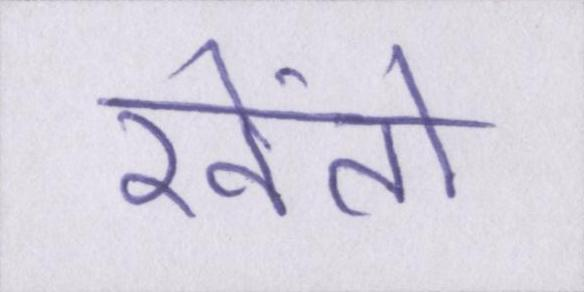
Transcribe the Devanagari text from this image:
खेंतो